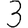
Digit: 3